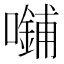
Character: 𪢜